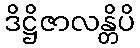
ဒိဋ္ဌိဇာလန္တိပိ